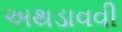
અથડાવવી